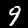
Digit: 9